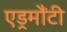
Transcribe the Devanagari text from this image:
एड्रमौंटी